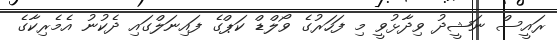
ރައީސް ނަޝީދު ވިދާޅުވީ މި ފަހަރުގެ ވޯލްޑް ކަޕްގެ ފައިނަލްގައި ދެކުނު އެމެރިކާގެ